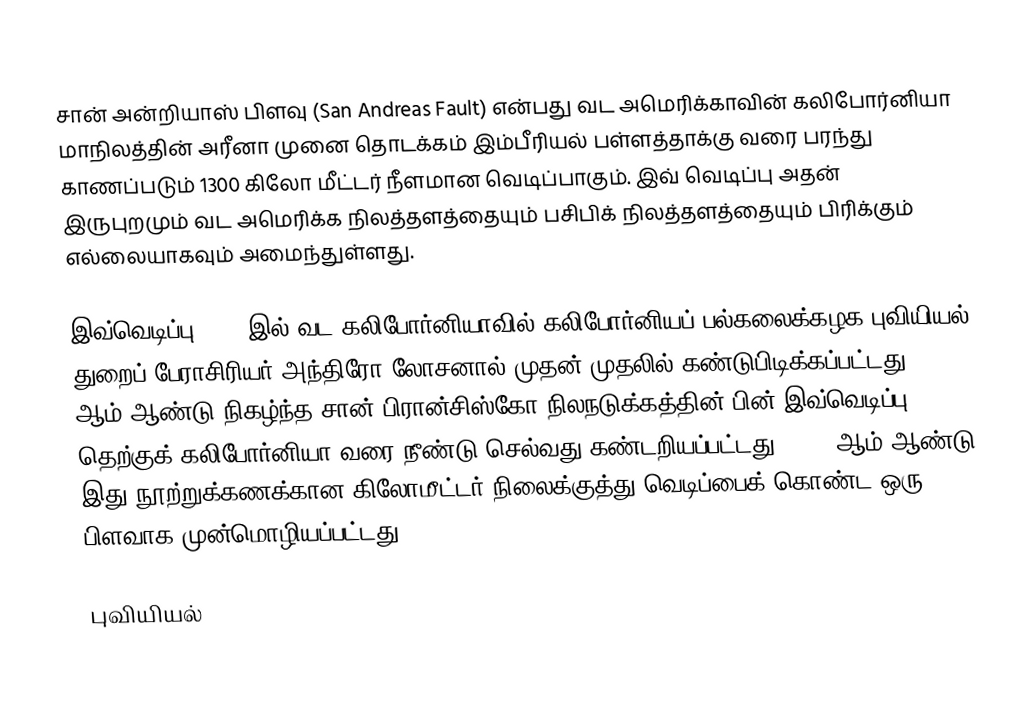
சான் அன்றியாஸ் பிளவு (San Andreas Fault) என்பது வட அமெரிக்காவின் கலிபோர்னியா மாநிலத்தின் அரீனா முனை தொடக்கம் இம்பீரியல் பள்ளத்தாக்கு வரை பரந்து காணப்படும் 1300 கிலோ மீட்டர் நீளமான வெடிப்பாகும். இவ் வெடிப்பு அதன் இருபுறமும் வட அமெரிக்க நிலத்தளத்தையும் பசிபிக் நிலத்தளத்தையும் பிரிக்கும் எல்லையாகவும் அமைந்துள்ளது.

இவ்வெடிப்பு 1895 இல் வட கலிபோர்னியாவில் கலிபோர்னியப் பல்கலைக்கழக புவியியல் துறைப் பேராசிரியர் அந்திரோ லோசனால் முதன் முதலில் கண்டுபிடிக்கப்பட்டது. 1906 ஆம் ஆண்டு நிகழ்ந்த சான் பிரான்சிஸ்கோ நிலநடுக்கத்தின் பின் இவ்வெடிப்பு தெற்குக் கலிபோர்னியா வரை நீண்டு செல்வது கண்டறியப்பட்டது. 1953 ஆம் ஆண்டு இது நூற்றுக்கணக்கான கிலோமீட்டர் நிலைக்குத்து வெடிப்பைக் கொண்ட ஒரு பிளவாக முன்மொழியப்பட்டது.

புவியியல்